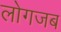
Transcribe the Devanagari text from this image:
लोगजब